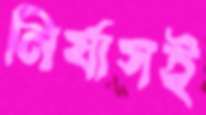
নির্যাসই